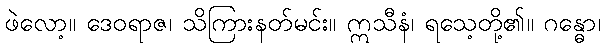
ဖဲလော့။ ဒေဝရာဇ၊ သိကြားနတ်မင်း။ ဣသီနံ၊ ရသေ့တို့၏။ ဂန္ဓော၊